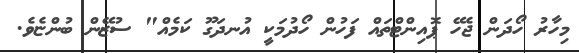
މިހާރު ހޯދަން ޖެހޭ ޕޮއިންޓްތައް ފަހުން ހޯދުމަކީ އުނދަގޫ ކަމެއް" ސުޒޭން ބުންޏެވެ.